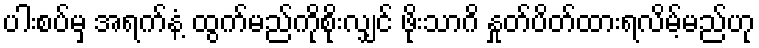
ပါးစပ်မှ အရက်နံ့ ထွက်မည်ကိုစိုးလျှင် ဖိုးသာဂိ နှုတ်ပိတ်ထားရလိမ့်မည်ဟု